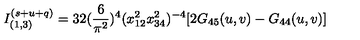
I _ { ( 1 , 3 ) } ^ { ( s + u + q ) } = 3 2 ( \frac { 6 } { \pi ^ { 2 } } ) ^ { 4 } ( x _ { 1 2 } ^ { 2 } x _ { 3 4 } ^ { 2 } ) ^ { - 4 } [ 2 G _ { 4 5 } ( u , v ) - G _ { 4 4 } ( u , v ) ]